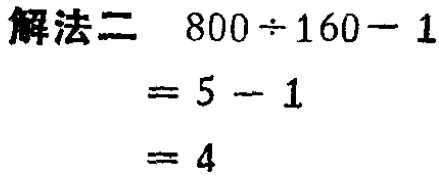
\[

\begin{align*}

\text{解法二}\quad800\div160 - 1&\\

&=5 - 1\\

&=4

\end{align*}

\]